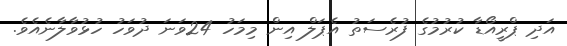
އަދި ޕްރީއޯޑާ ކުރުމުގެ ފުރެސަތު އެޕަލް އިން މިމަހު 24ވަނަ ދުވަހު ހުޅުވާލާނެއެވެ.